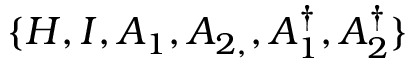
\{ H , I , A _ { 1 } , A _ { 2 , } , A _ { 1 } ^ { \dagger } , A _ { 2 } ^ { \dagger } \}